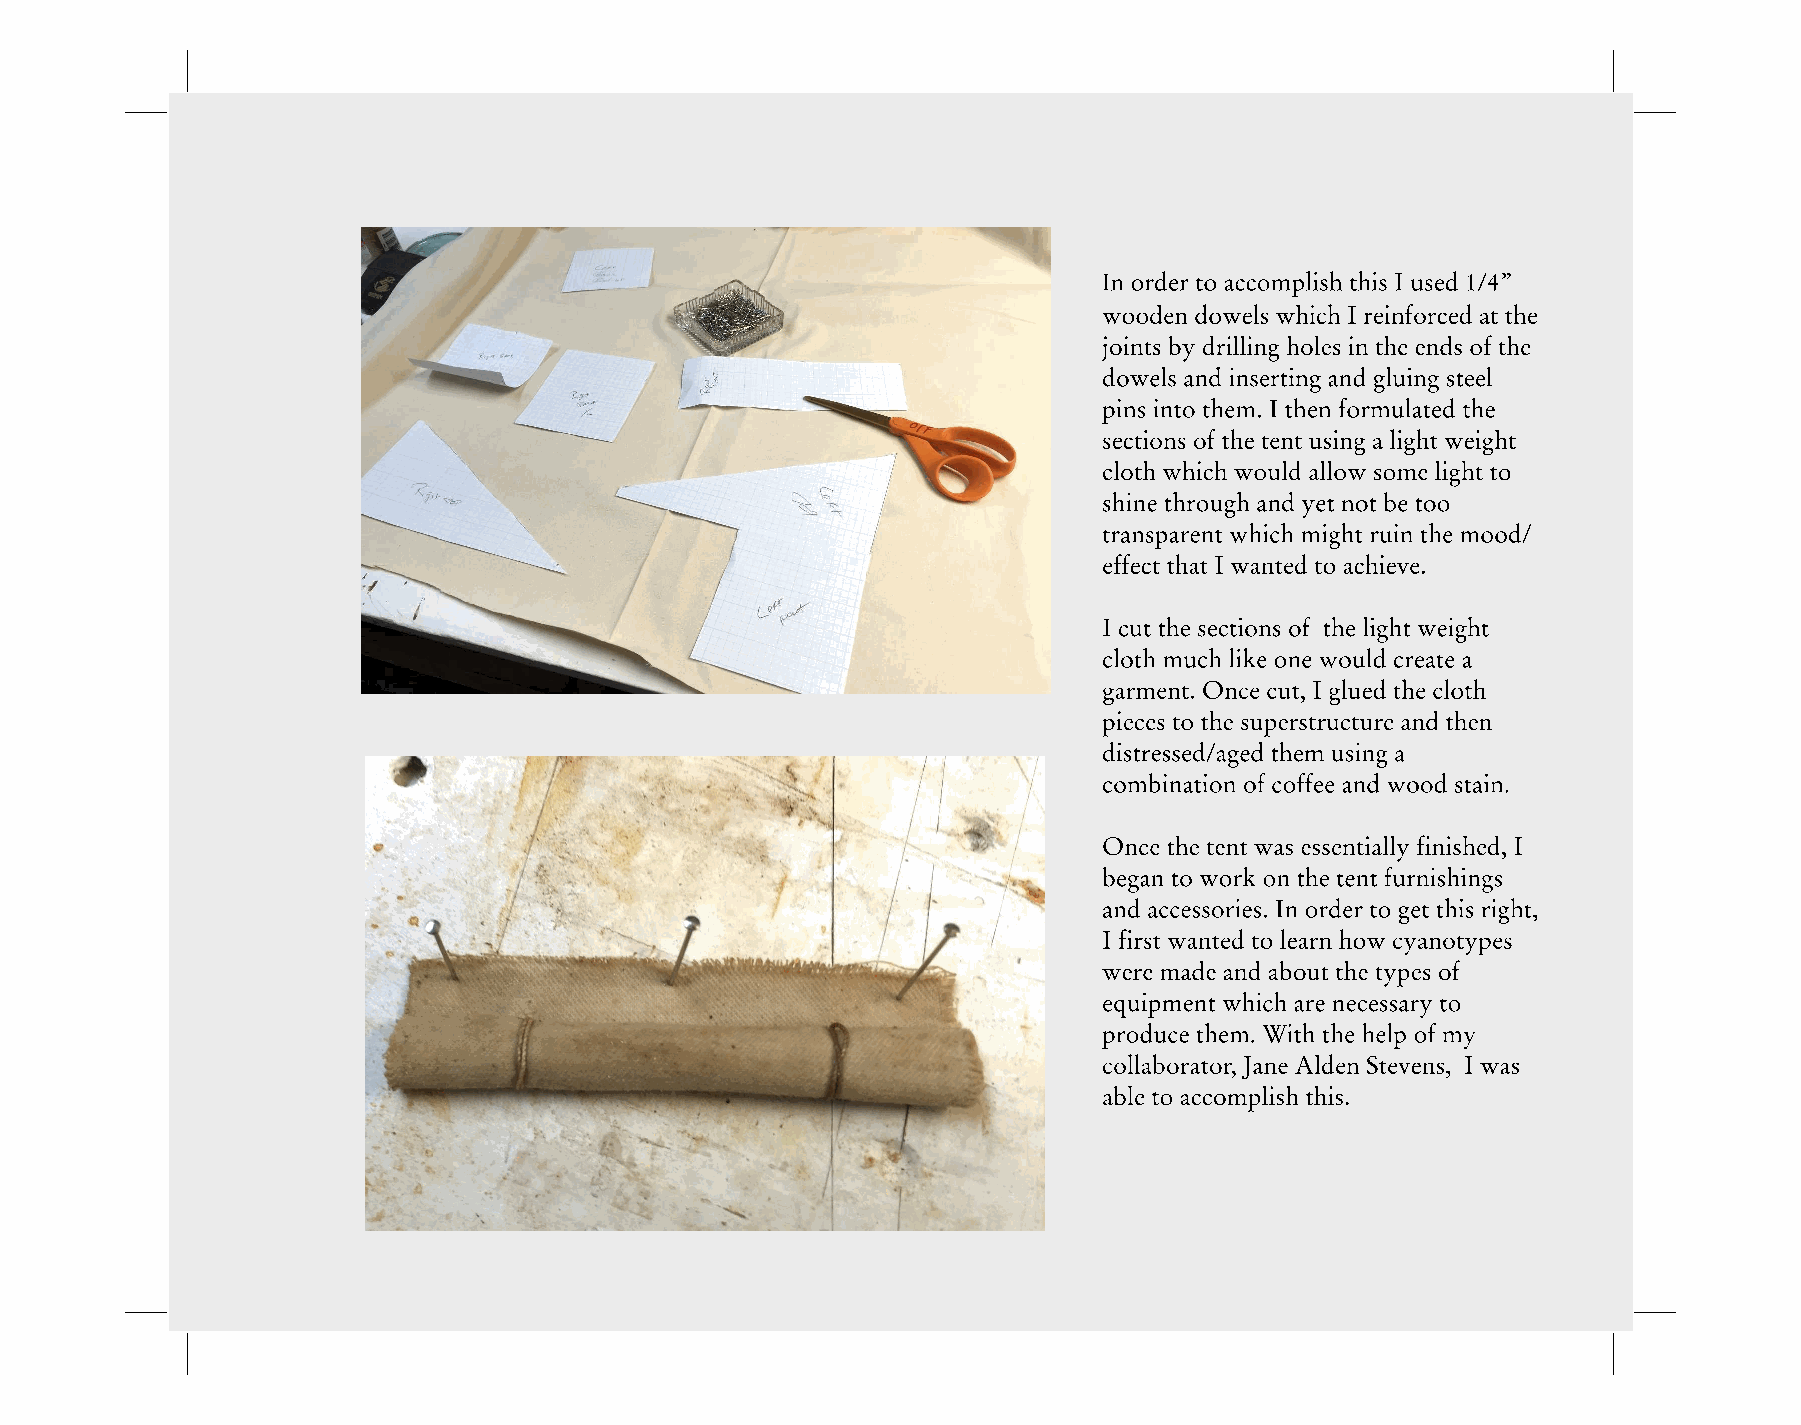
In order to accomplish this I used 1/4”
 wooden dowels which I reinforced at the
 joints by drilling holes in the ends of the
 dowels and inserting and gluing steel
 pins into them. I then formulated the
 sections of the tent using a light weight
 cloth which would allow some light to
 shine through and yet not be too
 transparent which might ruin the mood/
 effect that I wanted to achieve.
 I cut the sections of the light weight
 cloth much like one would create a
 garment. Once cut, I glued the cloth
 pieces to the superstructure and then
 distressed/aged them using a
 combination of coffee and wood stain.
 Once the tent was essentially finished, I
 began to work on the tent furnishings
 and accessories. In order to get this right,
 I first wanted to learn how cyanotypes
 were made and about the types of
 equipment which are necessary to
 produce them. With the help of my
 collaborator, Jane Alden Stevens, I was
 able to accomplish this.